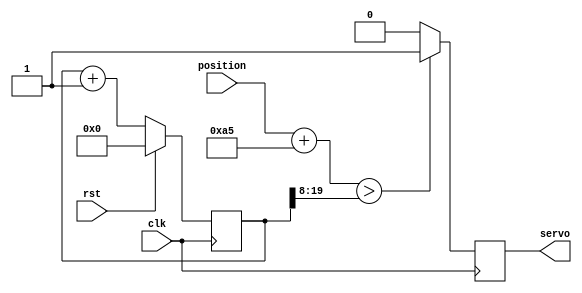
module servo_controller (
	input clk,
	input rst,
	input [7:0] position,
	output servo
	);
	
	reg pwm_q, pwm_d;
	reg [19:0] ctr_q, ctr_d;

	assign servo = pwm_q;
	
	//position = 0-255
	//I want to map this to 50,000-100,000 (which corresponds to 1ms-2ms @ 50MHz)
	//this is approximately (position+165)<<8
	//The servo output is set by comparing the position input with the value of the counter (ctr_q)
	always @(*) begin
		ctr_d = ctr_q + 1'b1;
		
		if (position + 9'd165 > ctr_q[19:8]) begin
			pwm_d = 1'b1;
		end else begin
			pwm_d = 1'b0;
		end
	end
	
	//standard always block triggered on positive edge of clk
	//rst sets the counter to zero.
	//otherwise  the output (ctr_q) is set to the input (ctr_d)
	always @(posedge clk) begin
		if (rst) begin
			ctr_q <= 1'b0;
		end else begin
			ctr_q <= ctr_d;
		end
	
		pwm_q <= pwm_d;
	end	
	
endmodule